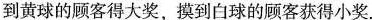
到黄球的顾客得大奖，摸到白球的顾客获得小奖.